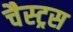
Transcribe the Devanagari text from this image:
चैस्ट्रस